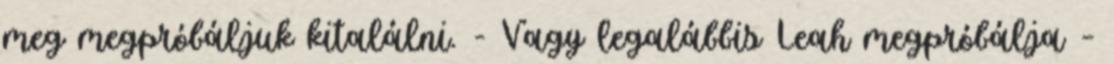
meg megpróbáljuk kitalálni. - Vagy legalábbis Leah megpróbálja –